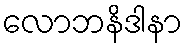
လောဘနိဒါနာ